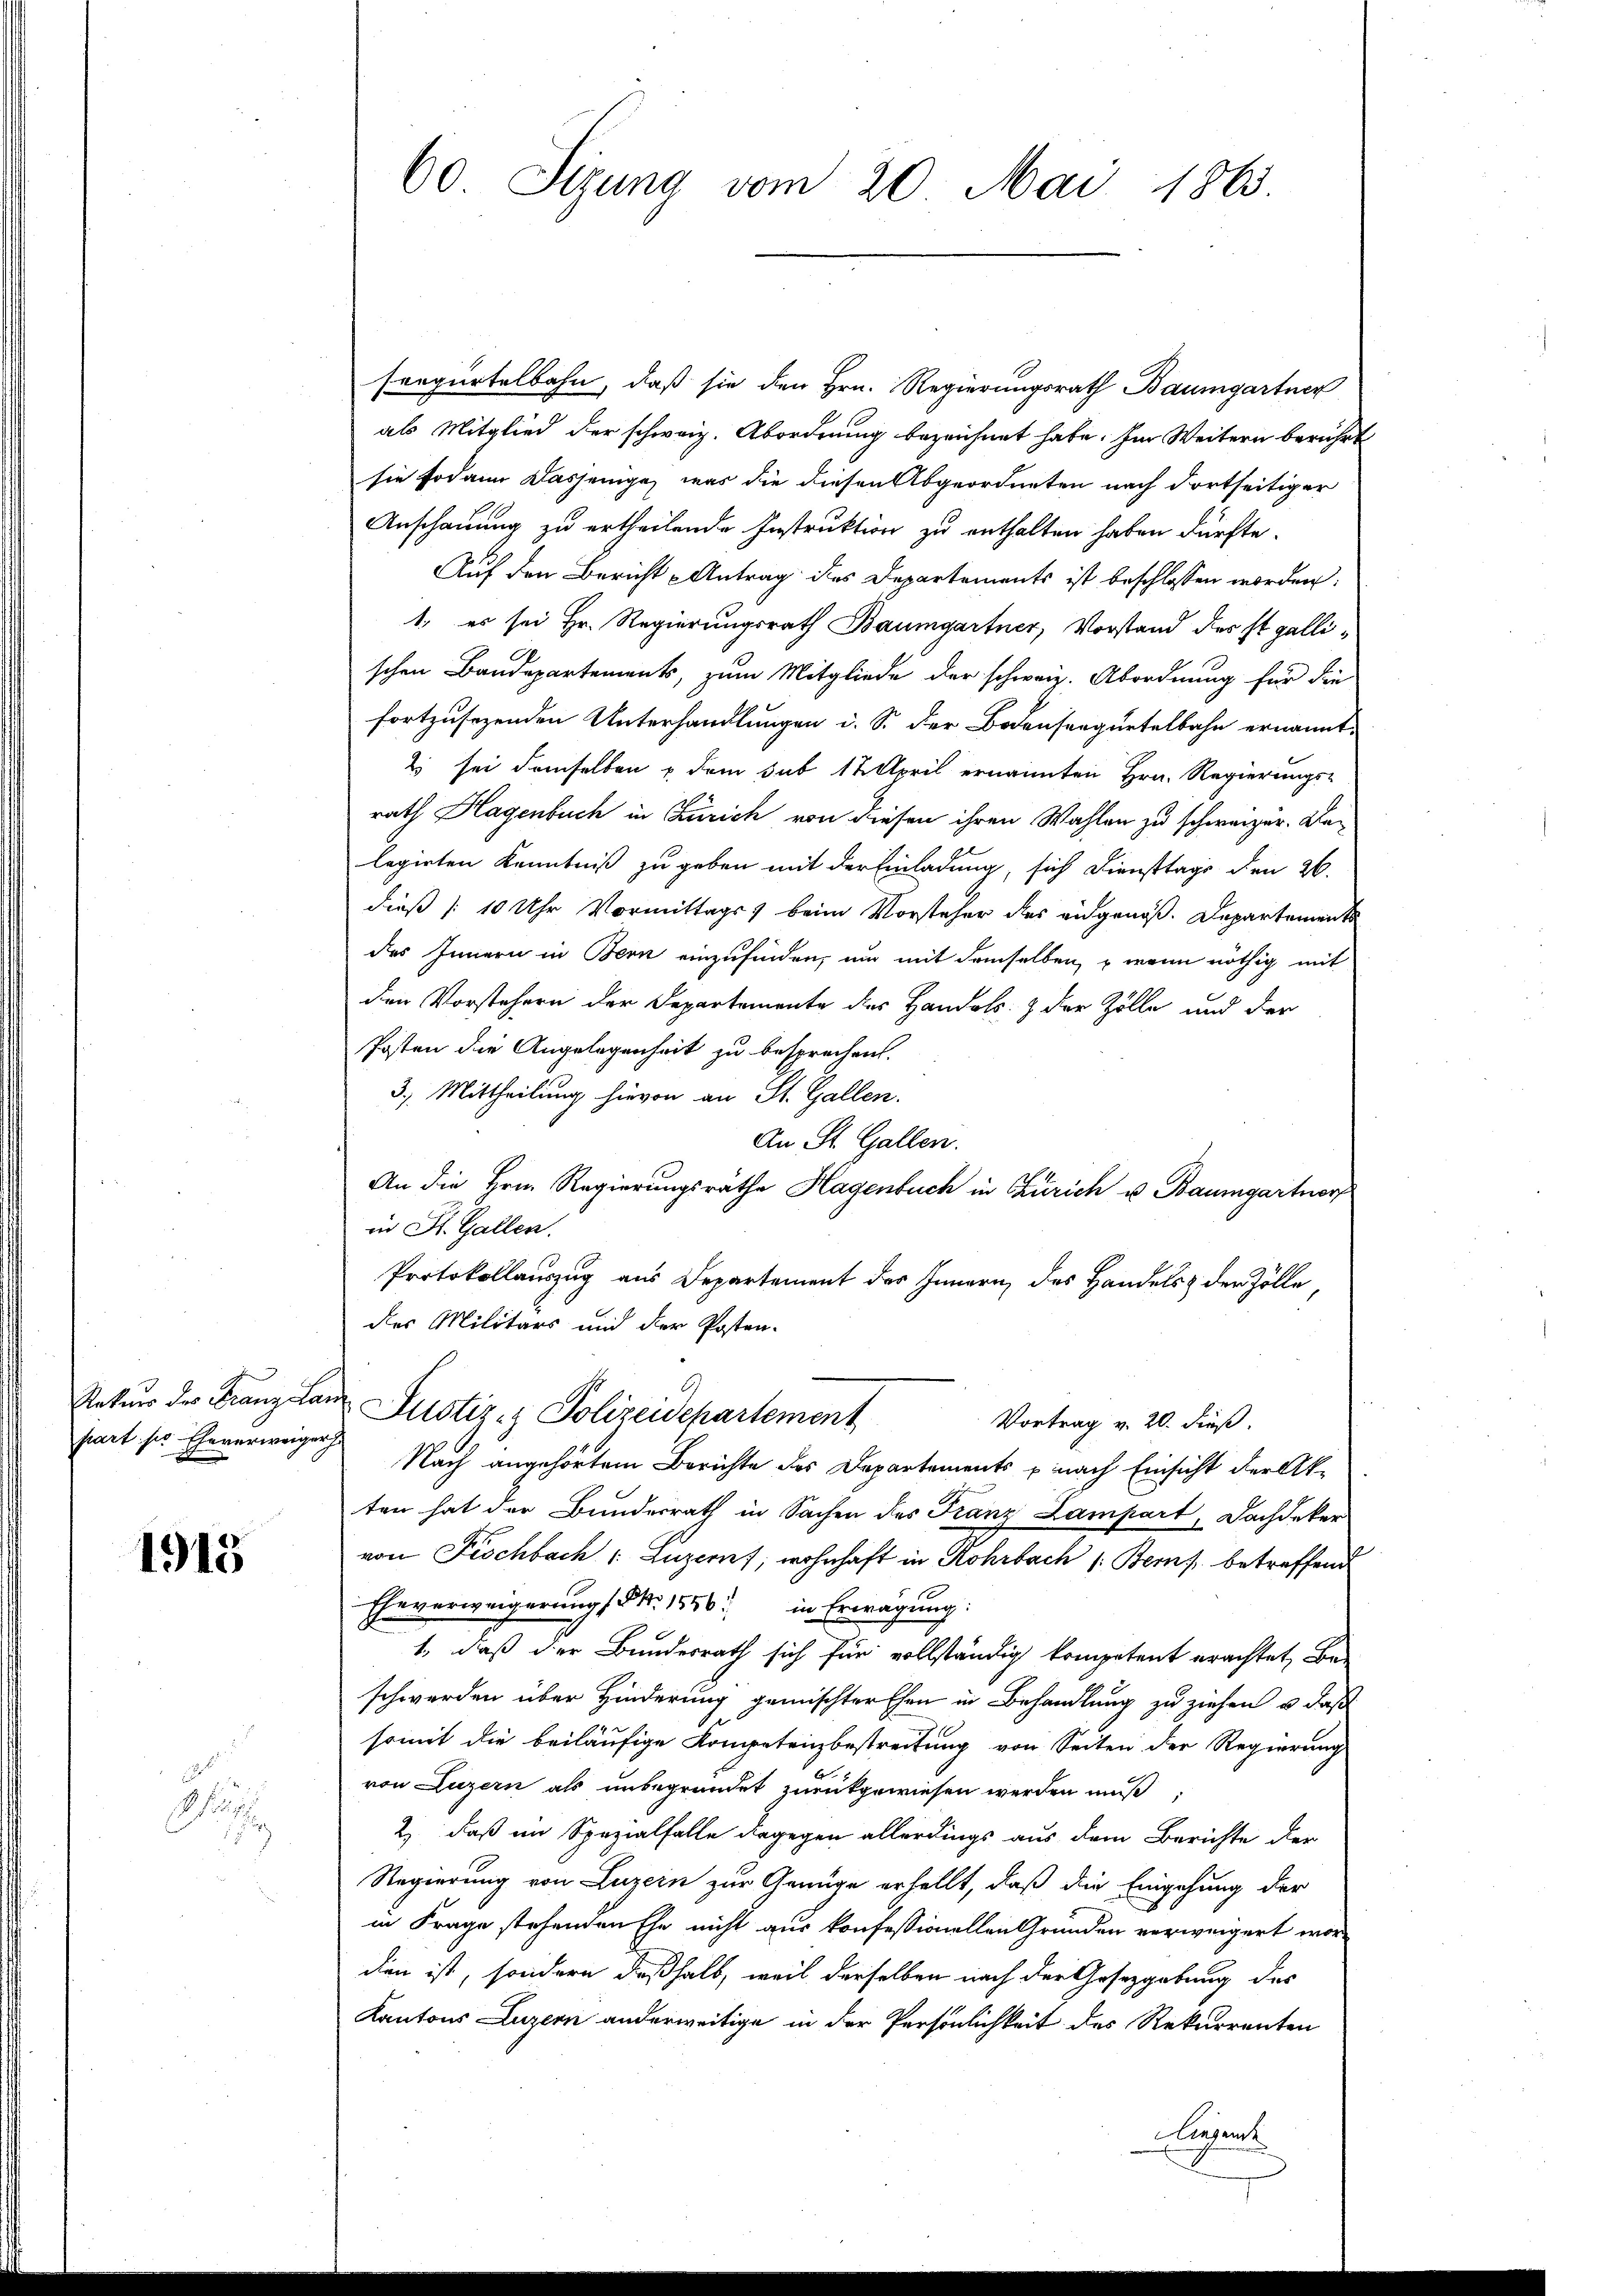
part sie Eheverweiger

1915

1
.

sorgertelbahn, daß sie den Hrn. Regierungsrath Baumgartner
als Mitglied der schweiz. Abordnung bezeichnet habe. Im Weitern berührt
sie sodann dasjenige, was die diesen Abgeordneten nach dortseitiger
Anschauung zu ertheilende Instruktion zu enthalten haben dürfte.
Auf den Bericht - Antrag des Departements ist beschlossen worden:
1. es sei Hr. Regierungsrath Baumgartner, Vorstand der ist gallischen Baudepartements, zum Mitgliede der schweiz. Abordnung für die
fortzusezenden Unterhandlungen i. S. der Bodenseegurtelbahn ernannt,
2 sei demselben & dem sub 17. April ernannten Hrn. Regierungs-
rath Hagenbuch in Zürich von diesen ihren Wahlen zu schweizer. Dalegirten Kenntniß zu geben mit der Einladung, sich Diensttags den 26.
dieß (10 Uhr Vormittags beim Vorsteher des eidgenöß. Departement
des Innern in Bern einzufinden, um mit demselben, u wenn nöthig mit
den Vorstehern der Departemente des Handels- & der Zölle und der
Posten die Angelegenheit zu besprechen.
3.) Mittheilung hievon an St. Gallen.
An St. Gallen.
An die Hrn. Regierungsrathe Hagenbuch in Zürich u. Baumgartner
in St. Gallen.
Protokollauszug aus Departement des Innern des Handels der Zölle
des Militärs und der Posten-
Natŭr der Franz an Justiz- & Polizeidepartement
Vortrag v. 20. dieß.
Nach angehörtem Berichte des Departements u. nach Einsicht der Akten hat der Bundesrath in Sachen des Franz Lampart, Dachdeker
von Fischbach Luzern, wohnhaft in Rohrbach Berns betreffend
Eheverweigerung Nr. 1856 in Erwägung:
1, daß der Bundesrath sich für vollständig kompetent erachtet Be-
schwerden über Hinderung gemischter Ehen in Behandlung zu ziehen, u. daß
somit die beiläufige Kompetenzbestreitung von Seiten der Regierung
von Luzern als unbegründet zurückgewiesen werden muß
2) daß im Spezialfalle dagegen allerdings aus dem Berichte der
Regierung von Luzern zur Genüge erhellt, daß die Eingehung der
in Frage stehenden Ehe nicht aus konfessionellen Gründen verweigert wordien ist, sondern deßhalb, weil derselben nach der Gesetzgebung des
Kantons Luzern anderweitige in der Persönlichkeit des Rekurrenten
liegent

60 Sizung vom 20. Mai 1863.